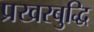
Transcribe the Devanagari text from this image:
प्रखरबुद्धि